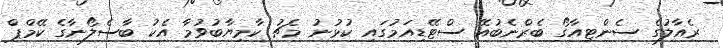
ރެއާލުގެ ސެންޓިއާގޯ ބެރްނެބުއޭ ސްޓޭޑިއަމުގައި ކުޅުނު މެޗު ކާމިޔާބުވުމާ އެކު ބާސެލޯނާގެ ކޭމްޕް